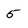
Character: 5